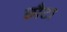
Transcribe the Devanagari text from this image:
छौटा